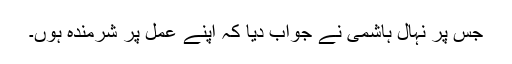
جس پر نہال ہاشمی نے جواب دیا کہ اپنے عمل پر شرمندہ ہوں۔